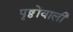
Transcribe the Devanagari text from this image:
पृष्ठोंवाली